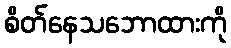
စိတ်နေသဘောထားကို